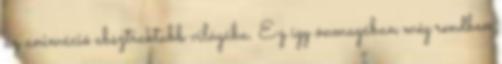
az animáció absztraktabb világába. Ez így önmagában még rendben